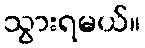
သွားရမယ်။